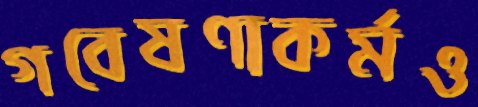
গবেষণাকর্মও